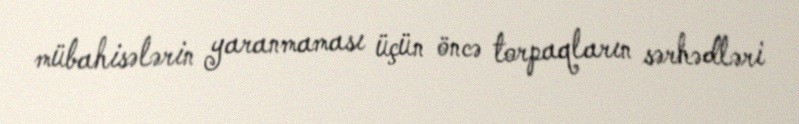
mübahisələrin yaranmaması üçün öncə torpaqların sərhədləri